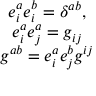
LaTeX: \begin{array} { c } { { e _ { i } ^ { a } e _ { i } ^ { b } = \delta ^ { a b } , } } \\ { { e _ { i } ^ { a } e _ { j } ^ { a } = g _ { i j } } } \\ { { g ^ { a b } = e _ { i } ^ { a } e _ { j } ^ { b } g ^ { i j } } } \end{array}